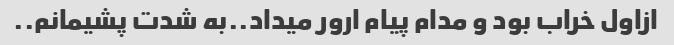
ازاول خراب بود و مدام پیام ارور میداد..به شدت پشیمانم..